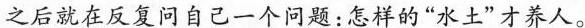
之后就在反复问自己一个问题：怎样的“水土”才养人